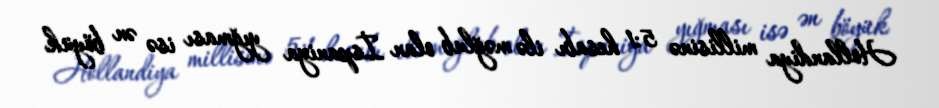
Hollandiya millisinə 5:1 hesabı ilə məğlub olan İspaniya yığması isə ən böyük